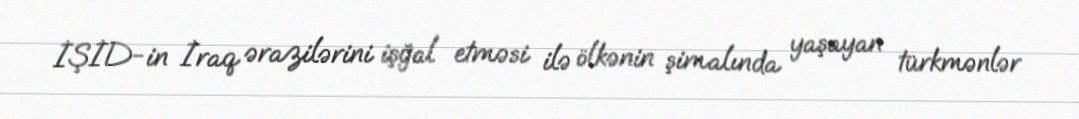
İŞİD-in İraq ərazilərini işğal etməsi ilə ölkənin şimalında yaşayan türkmənlər